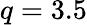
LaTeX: q=3.5